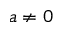
a \ne 0